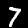
Digit: 7